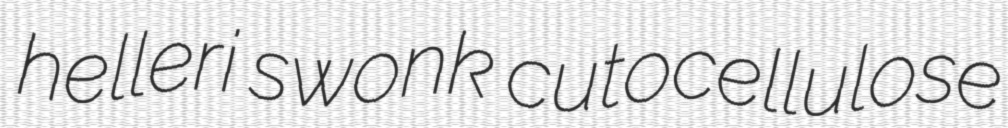
helleri swonk cutocellulose